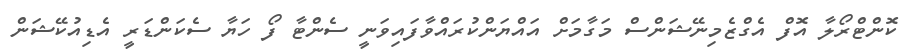
ކޮންޓްރޯލާ އޮފް އެގްޒެމިނޭޝަންސް މަގާމަށް އައްޔަންކުރައްވާފައިވަނީ ސެންޓާ ފޯ ހަޔާ ސެކަންޑަރީ އެޑިއުކޭޝަން